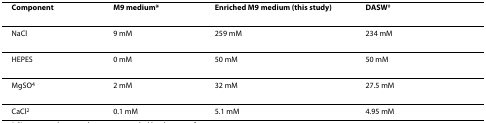
| Component | M9 medium* | Enriched M9 medium (this study) | DASW# |
 | --- | --- | --- | --- |
 | NaCl | 9 mM | 259 mM | 234 mM |
 | HEPES | 0 mM | 50 mM | 50 mM |
 | MgSO4 | 2 mM | 32 mM | 27.5 mM |
 | CaCl2 | 0.1 mM | 5.1 mM | 4.95 mM |